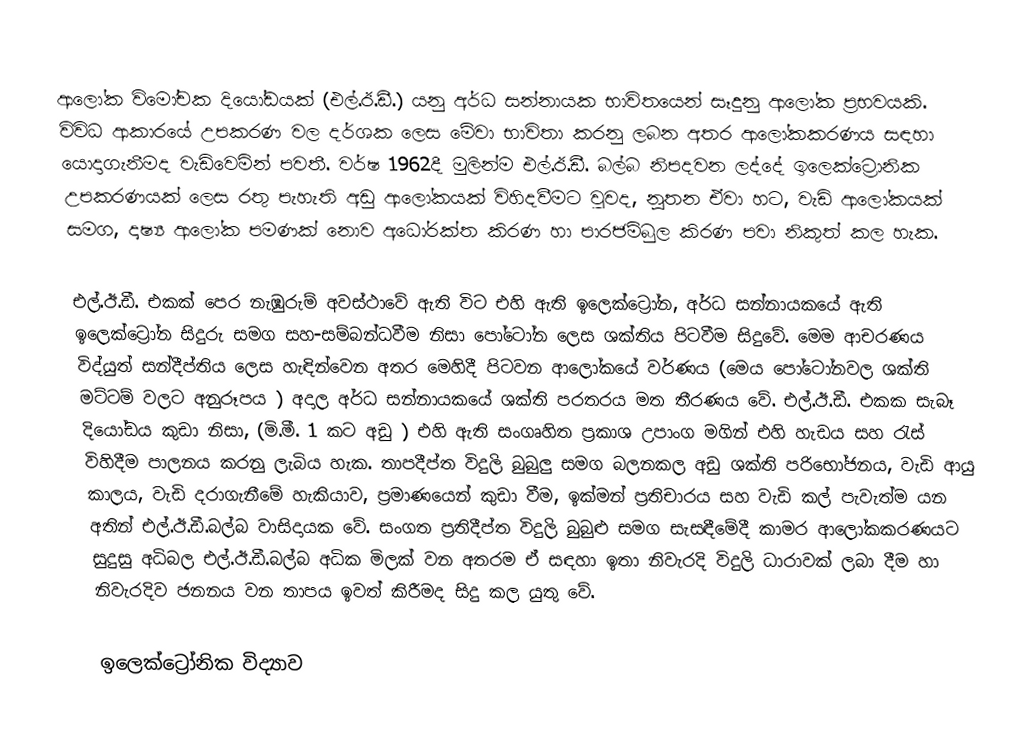
ආලෝක විමෝචක දියෝඩයක් (එල්.ඊ.ඩී.) යනු අර්ධ සන්නායක භාවිතයෙන් සෑදුනු ආලෝක ප්‍රභවයකි. විවිධ ආකාරයේ උපකරණ වල දර්ශක ලෙස මේවා භාවිතා කරනු ලබන අතර ආලෝකකරණය සඳහා යොදාගැනීමද වැඩිවෙමින් පවතී. වර්ෂ 1962දී මුලින්ම එල්.ඊ.ඩී. බල්බ නිපදවන ලද්දේ ඉලෙක්ට්‍රොනික උපකරණයක් ලෙස රතු පැහැති අඩු ආලෝකයක් විහිදවීමට වුවද, නූතන ඒවා හට, වැඩි ආලෝකයක් සමග, දෘෂ්‍ය ආලෝක පමණක් නොව අධෝරක්ත කිරණ හා පාරජම්බුල කිරණ පවා නිකුත් කල හැක.

එල්.ඊ.ඩී. එකක් පෙර නැඹුරුම් අවස්ථාවේ ඇති විට එහි ඇති ඉලෙක්ට්‍රෝන, අර්ධ සන්නායකයේ ඇති ඉලෙක්ට්‍රෝන සිදුරු සමග සහ-සම්බන්ධවීම නිසා පෝටෝන ලෙස ශක්තිය පිටවීම සිදුවේ. මෙම ආචරණය විද්යුත් සන්දීප්තිය ලෙස හැඳින්වෙන අතර මෙහිදී පිටවන ආලෝකයේ වර්ණය (මෙය පෝටෝනවල ශක්ති මට්ටම් වලට අනුරූපය ) අදාල අර්ධ සන්නායකයේ ශක්ති පරතරය මත තීරණය වේ. එල්.ඊ.ඩී. එකක සැබෑ දියෝඩය කුඩා නිසා, (මි.මී. 1 කට අඩු ) එහි ඇති සංගෘහිත ප්‍රකාශ උපාංග මගින් එහි හැඩය සහ රැස් විහිදීම පාලනය කරනු ලැබිය හැක. තාපදීප්ත විදුලි බුබුලු සමග බලනකල අඩු ශක්ති පරිභෝජනය, වැඩි ආයු කාලය, වැඩි දරාගැනීමේ හැකියාව, ප්‍රමාණයෙන් කුඩා වීම, ඉක්මන් ප්‍රතිචාරය සහ වැඩි කල් පැවැත්ම යන අතින් එල්.ඊ.ඩී.බල්බ වාසිදායක වේ. සංගත ප්‍රතිදීප්ත විදුලි බුබුළු සමග සැසඳීමේදී කාමර ආලෝකකරණයට සුදුසු අධිබල එල්.ඊ.ඩී.බල්බ අධික මිලක් වන අතරම ඒ සඳහා ඉතා නිවැරදි විදුලි ධාරාවක් ලබා දීම හා නිවැරදිව ජනනය වන තාපය ඉවත් කිරීමද සිදු කල යුතු වේ.

ඉ‍ලෙක්‍ට්‍රෝනික විද්‍යාව